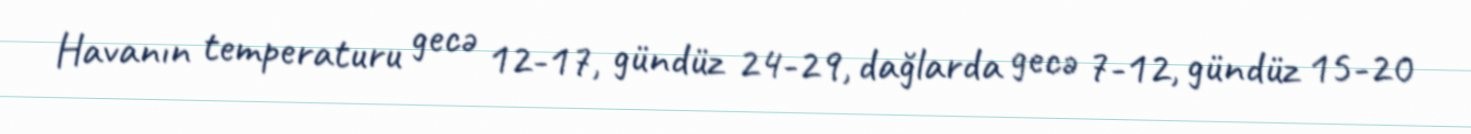
Havanın temperaturu gecə 12-17, gündüz 24-29, dağlarda gecə 7-12, gündüz 15-20